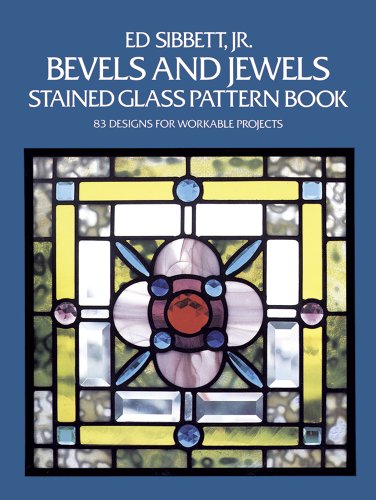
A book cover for Bevels and Jewels Stained Glass Pattern Book: 83 Designs for Workable Projects (Dover Stained Glass Instruction); Ed Sibbett Jr.; Crafts, Hobbies & Home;